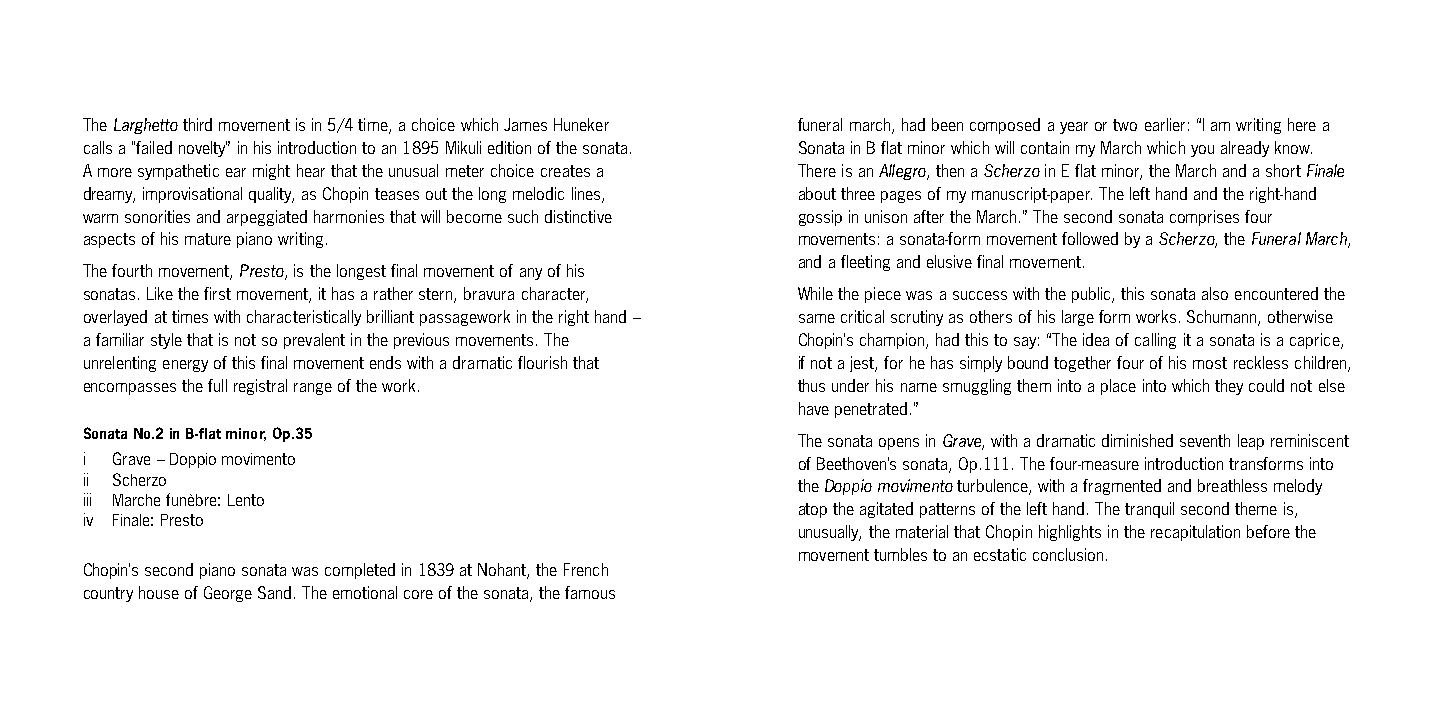
The Larghetto third movement is in 5/4 time, a choice which James Huneker funeral march, had been composed a year or two earlier: “I am writing here a
 calls a "failed novelty” in his introduction to an 1895 Mikuli edition of the sonata. Sonata in B flat minor which will contain my March which you already know.
 A more sympathetic ear might hear that the unusual meter choice creates a There is an Allegro, then a Scherzo in E flat minor, the March and a short Finale
 dreamy, improvisational quality, as Chopin teases out the long melodic lines, about three pages of my manuscript-paper. The left hand and the right-hand
 warm sonorities and arpeggiated harmonies that will become such distinctive gossip in unison after the March.” The second sonata comprises four
 aspects of his mature piano writing.            movements: a sonata-form movement followed by a Scherzo, the Funeral March,
 and a fleeting and elusive final movement.
 The fourth movement, Presto, is the longest final movement of any of his
 sonatas. Like the first movement, it has a rather stern, bravura character, While the piece was a success with the public, this sonata also encountered the
 overlayed at times with characteristically brilliant passagework in the right hand – same critical scrutiny as others of his large form works. Schumann, otherwise
 a familiar style that is not so prevalent in the previous movements. The Chopin’s champion, had this to say: “The idea of calling it a sonata is a caprice,
 unrelenting energy of this final movement ends with a dramatic flourish that if not a jest, for he has simply bound together four of his most reckless children,
 encompasses the full registral range of the work. thus under his name smuggling them into a place into which they could not else
 have penetrated.”
 Sonata No.2 in B-flat minor, Op.35              The sonata opens in Grave, with a dramatic diminished seventh leap reminiscent
 i Grave – Doppio movimento                      of Beethoven’s sonata, Op.111. The four-measure introduction transforms into
 ii Scherzo
 the Doppio movimento turbulence, with a fragmented and breathless melody
 iii Marche funèbre: Lento
 atop the agitated patterns of the left hand. The tranquil second theme is,
 iv Finale: Presto
 unusually, the material that Chopin highlights in the recapitulation before the
 movement tumbles to an ecstatic conclusion.
 Chopin’s second piano sonata was completed in 1839 at Nohant, the French
 country house of George Sand. The emotional core of the sonata, the famous